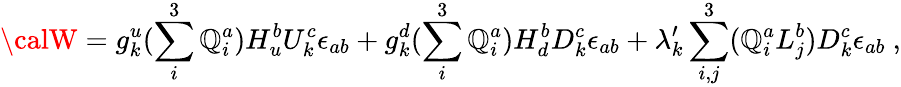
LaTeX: {\calW}=g_{k}^{u}(\sum_{i}^{3}\mathbb{Q}_{i}^{a})H_{u}^{b}U_{k}^{c}\epsilon_{ab}+g_{k}^{d}(\sum_{i}^{3}\mathbb{Q}_{i}^{a})H_{d}^{b}D_{k}^{c}\epsilon_{ab}+\lambda_{k}^{\prime}\sum_{i,j}^{3}(\mathbb{Q}_{i}^{a}L_{j}^{b})D_{k}^{c}\epsilon_{ab}~,